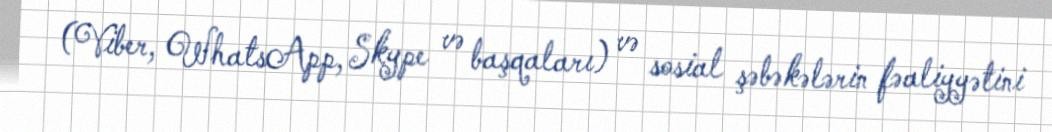
(Viber, WhatsApp, Skype və başqaları) və sosial şəbəkələrin fəaliyyətini